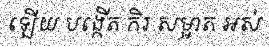
ឡើយ បង្កើត កិរ សម្អាត អស់